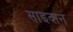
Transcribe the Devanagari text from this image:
साइदान